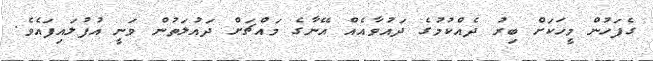
ގެފަހުން މީހަކަށް ބިރު ދެއްކުމުގެ ދައުވާއެއް އޭނާގެ މައްޗަށް ދައުލަތުން ވަނީ އުފުލައިފައެވެ.